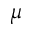
\mu